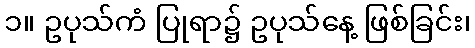
၁။ ဥပုသ်ကံ ပြုရာ၌ ဥပုသ်နေ့ ဖြစ်ခြင်း၊